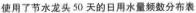
未使用节水龙头50天的日用水量频数分布表